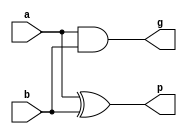
`timescale 1ns / 1ps
//////////////////////////////////////////////////////////////////////////////////
// Company: 
// Engineer: 
// 
// Design Name: 
// Module Name:    GP 
// Project Name: 
// Target Devices: 
// Tool versions: 
// Description: 
//
// Dependencies: 
//
// Revision: 
// Revision 0.01 - File Created
// Additional Comments: 
//
//////////////////////////////////////////////////////////////////////////////////
module GP(a,b,g,p);

	input a,b;
	output g,p;
	
	and(g,a,b);
	xor(p,a,b);

endmodule